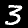
Label: 3